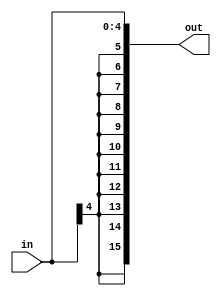
`timescale 1ns / 1ps
//////////////////////////////////////////////////////////////////////////////////
// Company: 
// Engineer: 
// 
// Design Name: 
// Module Name:    SignExtend 
// Project Name: 
// Target Devices: 
// Tool versions: 
// Description: 
//
// Dependencies: 
//
// Revision: 
// Revision 0.01 - File Created
// Additional Comments: 
//
//////////////////////////////////////////////////////////////////////////////////
module SignExtend(
    input [4:0] in,
    output reg [15:0] out
    );

    integer i;

    always @(in) begin
        for(i=0;i<16;i = i+1)
            out[i] = in[4];
        out[4:0] = in;
		  //$display("extended: %b", out);
    end

endmodule